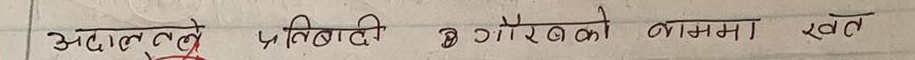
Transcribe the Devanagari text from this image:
अदालतले प्रतिवादी श्री गौरवको नाममा खत